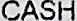
CASH